Vaccine operations Central Provinces 1900-1911 - 1900-1911
Year: 1900
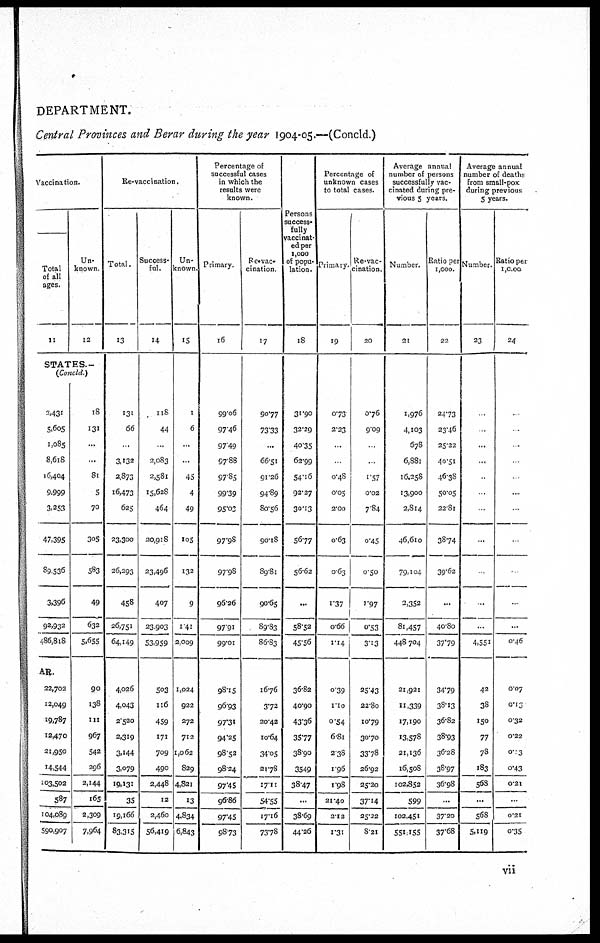
DEPARTMENT.
Central Provinces and Berar during the year 1904-05.—(Concld.)
Vaccination.
Total
of all
ages.
11
Un-
known.
12
STATES.¬
(Concld.)
2,431
5,605
1,085
8,618
16,404
9,999
3,253
47,395
89,536
3,396
92,932
486,818
18
131
...
...
81
5
70
305
583
49
632
5,655
AR.
22,702
12,049
19,787
12,470
21,950
14,544
103,502
587
104,089
590,907
90
138
111
967
542
296
2,144
165
2,309
7,964
Re-vaccination.
Total.
13
131
66
...
3,132
2,873
16,473
625
23,300
26,293
458
26,731
64,149
4,026
4,043
2,520
2,319
3,144
3,079
19,131
35
19,166
83,315
Success-
ful.
14
118
44
...
2,083
2,581
15,628
464
20,918
23,496
407
23,903
53,959
503
116
459
171
709
490
2,448
12
2,460
56,419
Un-
known.
15
1
6
...
...
45
4
49
105
132
9
141
2,009
1,024
922
272
712
1,062
829
4,821
13
4.834
6,843
Percentage of
successful cases
in which the
results were
known.
Primary.
16
99.06
97.46
97.49
97.88
97.85
99.39
95.03
97.98
97.98
96.26
97.91
99.01
98.15
96.93
97.31
94.25
98.52
98.24
97.45
96.86
97.45
98.73
Re-vac-
cination.
17
90.77
73.33
...
66.51
91.26
94.89
80.56
90.18
89.81
90.65
89.83
86.83
16.76
3.72
20.42
10.64
34.05
21.78
17.11
54.55
17.16
73.78
Persons
success-
fully
vaccinat-
ed per
1,000
of popu-
lation.
18
31.90
32.29
40.35
62.99
54.16
92.27
30.13
56.77
56.62
...
58.52
45.56
36.82
40.90
43.36
35.77
38.90
3549
38.47
...
38.69
44.26
Percentage of
unknown cases
to total cases.
Primary.
19
0.73
2.23
...
...
0.48
0.05
2.00
0.63
0.63
1.37
0.66
1.14
0.39
1.10
0.54
6.81
2.38
1.96
1.98
21.40
2.12
1.31
Re-vac¬
cination.
20
0.76
9.09
...
...
1.57
0.02
7.84
0.45
0.50
1.97
0.53
313
25.43
22.80
10.79
30.70
33.78
26.92
25.20
37.14
25.22
8.21
Average annual
number of persons
successfully vac-
cinated during pre-
vious 5 years.
Number.
21
1,976
4,103
678
6,881
16,258
13,900
2,814
46,610
79,104
2,352
81,457
448,704
21,921
11,339
17,190
13,578
21,136
16,508
102,852
599
102,451
551,155
Ratio per
1,000.
22
24.73
23.46
25.22
40.51
46.38
50.05
22.81
38.74
39.62
...
40.80
37.79
34.79
38.13
36.82
38.93
36.28
38.97
36.98
...
37.20
37.68
Average annual
number of deaths
from small-pox
during previous
5 years.
Number.
23
...
...
...
...
...
...
...
...
...
...
...
4,551
42
38
150
77
78
183
568
...
568
5,119
Ratio per
1,0.00
24
...
...
...
...
...
...
...
...
...
...
...
0.46
0.07
0.13
0.32
0.22
0.13
0.43
0.21
...
0.21
0.35
vii